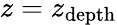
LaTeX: z=z_{\mathrm{depth}}